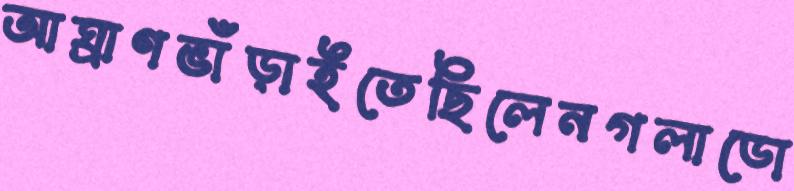
আঘ্রাণভাঁড়াইতেছিলেনগলাডো